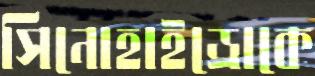
সিনোহাইড্রোকে